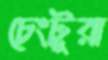
চেংটুরা